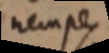
nempe